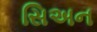
સિઅન